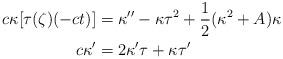
LaTeX: \begin{align*} \-c\kappa[\tau(\zeta)(-ct)] &= \kappa''-\kappa\tau^{2}+\frac{1}{2}(\kappa^{2}+A)\kappa\\ c\kappa' &= 2\kappa'\tau+\kappa\tau' \end{align*}